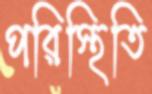
পরিস্থিতি